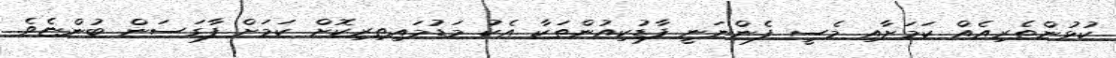
ކުޅުންތެރިއެއް ކަމަށާއި މެސީ ފެންނަނީ ފާޑުކިއުންތަކާ އެކު މަޑުމައިތިރިކޮށް ކަަމަށް ފާގަސަން ބުންޏެވެ.